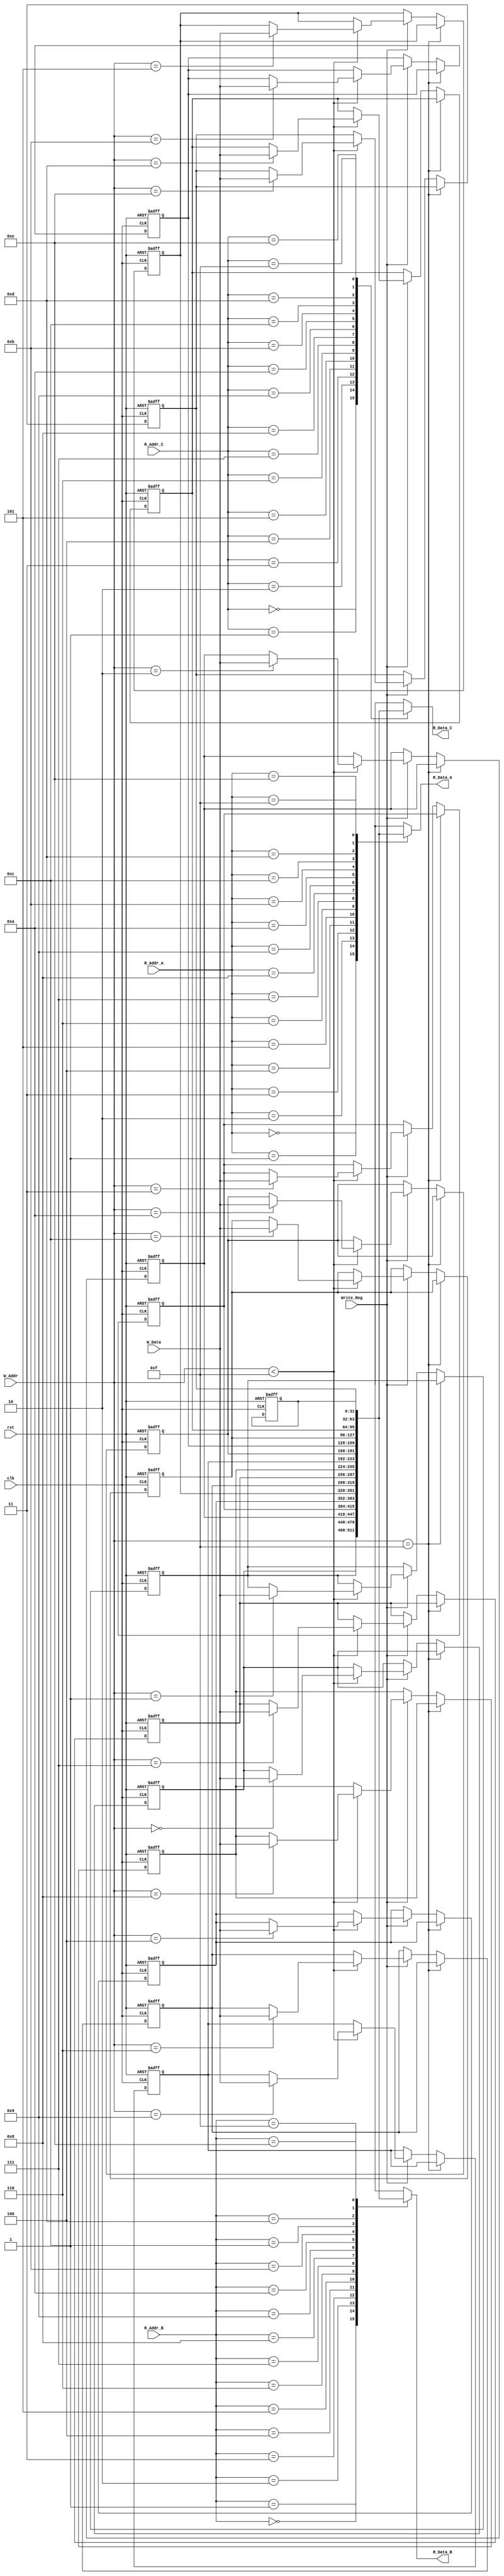
`timescale 1ns / 1ps
//////////////////////////////////////////////////////////////////////////////////
// Company: 
// Engineer: 
// 
// Design Name: 
// Module Name:    Reg_general 
// Project Name: 
// Target Devices: 
// Tool versions: 
// Description: 
//
// Dependencies: 
//
// Revision: 
// Revision 0.01 - File Created
// Additional Comments: 
//
//////////////////////////////////////////////////////////////////////////////////
module Reg_general(
	input clk,
	input rst,
	input [3:0] R_Addr_A,
	input [3:0] R_Addr_B,
	input [3:0] R_Addr_C,
	input [3:0] W_Addr,
	input [31:0] W_Data,
	input Write_Reg,
	
	output reg [31:0] R_Data_A,
	output reg [31:0] R_Data_B,
	output reg [31:0] R_Data_C
    );
	 
	 //reg 
	 reg [31:0] R[15:0];
	 
	 //Error
	 reg Error_M_MSB;
	 reg Error_M_other;
	 reg Error_Read;
	//others
	 integer i;
	//write
	always@(negedge clk or posedge rst)
	begin
		//reset
		if(rst == 1)
		begin
			//clear Reg
			for(i=0;i<=15;i=i+1)
			begin 
				R[i] <= 0;
			end
		end
	   else
		begin
			//Work mode error
			if(W_Addr == 15)
			begin
				Error_M_MSB <= 1;
			end else
			begin
				Error_M_MSB <= 0;
				if(Write_Reg)
				begin 
					if(W_Addr < 15) R[W_Addr] <= W_Data;
				end
			end
		end
	end
	//read
	always@(*)
	begin
			//A
			R_Data_A <= R[R_Addr_A];
			
			//B
			R_Data_B <= R[R_Addr_B];
			
			//C
			R_Data_C <= R[R_Addr_C];
	end
endmodule